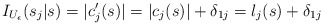
\begin{align*}I_{U_{\epsilon}}(s_j|s)=|c'_j(s)|=|c_j(s)|+\delta_{1j}=l_j(s)+\delta_{1j}\end{align*}